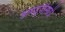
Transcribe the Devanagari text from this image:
डागडुजीसाठी